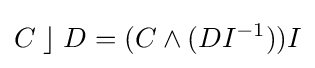
C\;\rfloor \;D=(C\wedge (DI^{-1}))I